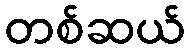
တစ်ဆယ်